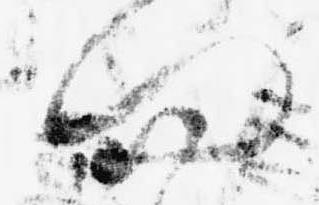
問